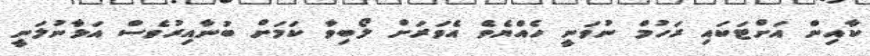
ކާއިން އަށްޓަކައި ރަހުމް ނުވަނީ ހެއްޔެވެ އެވަރަށް ލޯބިވާ ކަމަށް ބުނާއިރުވެސް އަޅާނުލަނީ